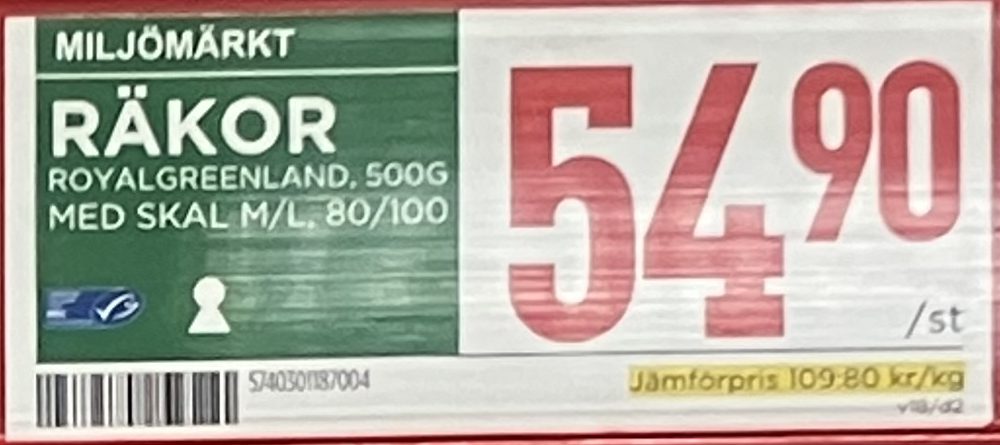
Vara: Räkor
Genomsnittspris: 109.8 per kg